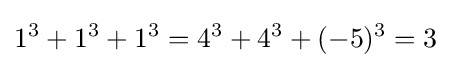
1^{3}+1^{3}+1^{3}=4^{3}+4^{3}+(-5)^{3}=3